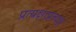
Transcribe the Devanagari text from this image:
प्रत्यक्षाप्रत्यक्ष